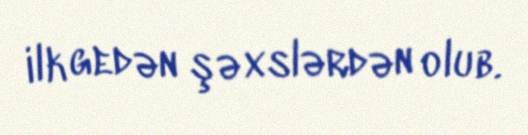
ilk gedən şəxslərdən olub.